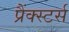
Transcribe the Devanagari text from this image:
प्रैंक्स्टर्स